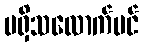
မရှိသလောက်ပင်